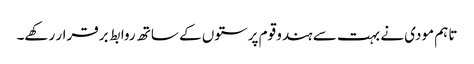
تاہم مودی نے بہت سے ہندو قوم پرستوں کے ساتھ روابط برقرار رکھے۔